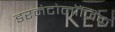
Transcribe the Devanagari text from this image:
डरमेटोलॉजिक